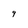
Character: 9